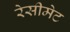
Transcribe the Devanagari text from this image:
रेसीमेट